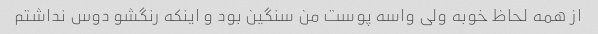
از همه لحاظ خوبه ولی واسه پوست من سنگین بود و اینکه رنگشو دوس نداشتم